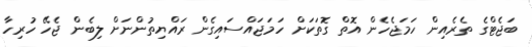
ބަޖެޓްގެ ތެރެއިން ހަމަޖެހެން އޮތް ގޮތަކަށް ހަމަޖައްސައިގެން ރައްޔިތުންނަށް ލިބެން ޖެހޭ ހުރިހާ